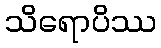
သိရောပိဿ